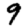
Digit: 9